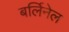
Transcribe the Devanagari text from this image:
बर्लिनेल